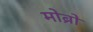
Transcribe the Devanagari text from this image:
मोब्रो